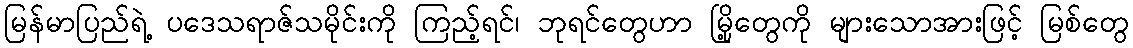
မြန်မာပြည်ရဲ့ ပဒေသရာဇ်သမိုင်းကို ကြည့်ရင်၊ ဘုရင်တွေဟာ မြို့တွေကို များသောအားဖြင့် မြစ်တွေ